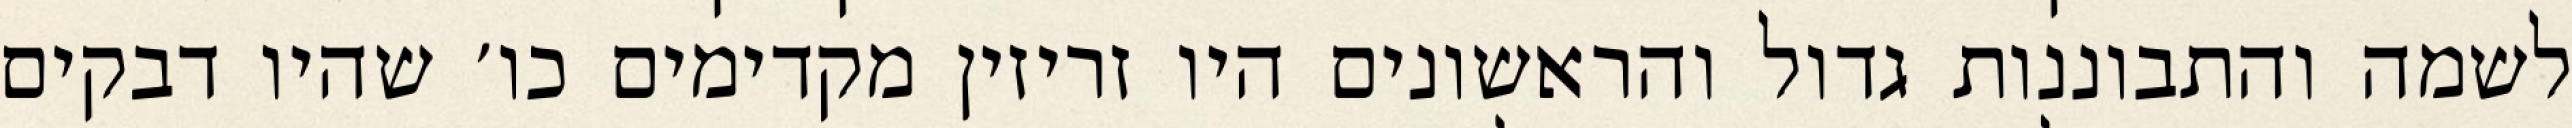
לשמה והתבוננות גדול והראשונים היו זריזין מקדימים כו׳ שהיו דבקים